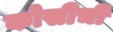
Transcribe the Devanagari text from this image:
कोसीची